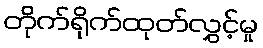
တိုက်ရိုက်ထုတ်လွှင့်မှု